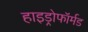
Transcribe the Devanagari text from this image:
हाइड्रोफॉर्मड